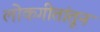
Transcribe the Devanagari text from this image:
लोकगीतांतून